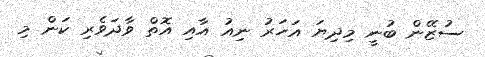
ސުޒޭން ބުނީ މިދިޔަ އަހަރު ނިއު އާއި އޮތް ވާދަވެރި ކަން މި